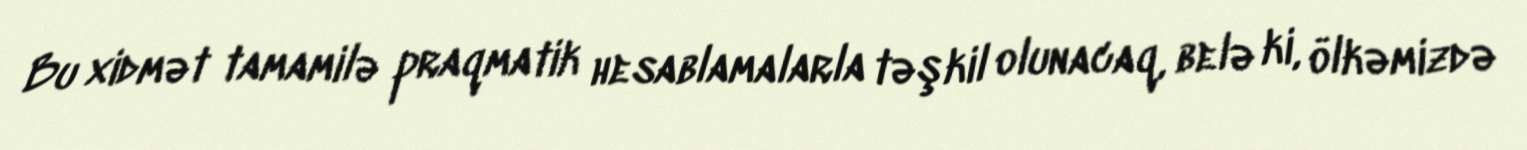
Bu xidmət tamamilə praqmatik hesablamalarla təşkil olunacaq, belə ki, ölkəmizdə